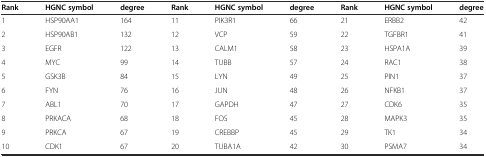
| Rank | HGNC symbol | degree | Rank | HGNC symbol | degree | Rank | HGNC symbol | degree |
 | --- | --- | --- | --- | --- | --- | --- | --- | --- |
 | 1 | HSP90AA1 | 164 | 11 | PIK3R1 | 66 | 21 | ERBB2 | 42 |
 | 2 | HSP90AB1 | 132 | 12 | VCP | 59 | 22 | TGFBR1 | 41 |
 | 3 | EGFR | 122 | 13 | CALM1 | 58 | 23 | HSPA1A | 39 |
 | 4 | MYC | 99 | 14 | TUBB | 57 | 24 | RAC1 | 38 |
 | 5 | GSK3B | 84 | 15 | LYN | 49 | 25 | PIN1 | 37 |
 | 6 | FYN | 76 | 16 | JUN | 48 | 26 | NFKB1 | 37 |
 | 7 | ABL1 | 70 | 17 | GAPDH | 47 | 27 | CDK6 | 35 |
 | 8 | PRKACA | 68 | 18 | FOS | 45 | 28 | MAPK3 | 35 |
 | 9 | PRKCA | 67 | 19 | CREBBP | 45 | 29 | TK1 | 34 |
 | 10 | CDK1 | 67 | 20 | TUBA1A | 42 | 30 | PSMA7 | 34 |